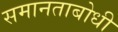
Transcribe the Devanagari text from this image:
समानताबोधी